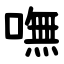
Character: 嘸